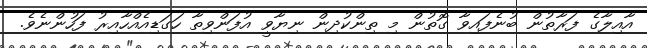
އާއިލާގެ ފަރާތުން ބުނެފައިވާ ގޮތުން މި ތިންކުދިން ނިޔާވީ އުފަންވިތާ ހަގަޑިއެއްހާއިރު ފަހުންނެވެ.